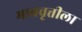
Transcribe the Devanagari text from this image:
भाववृत्तीला